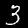
Label: 3